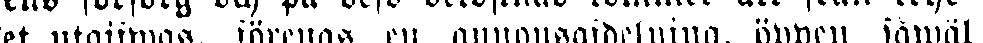
let utgifwas, förenas en annonsafdelning, öppen såwäl